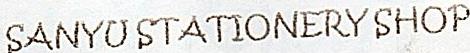
SANYU STATIONERY SHOP